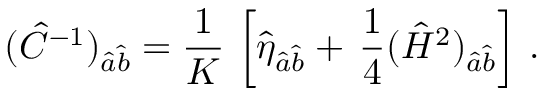
( \hat { C } ^ { - 1 } ) _ { \hat { a } \hat { b } } = { \frac { 1 } { K } } \, \left[ \hat { \eta } _ { \hat { a } \hat { b } } + \, { \frac { 1 } { 4 } } ( \hat { { \cal H } } ^ { 2 } ) _ { \hat { a } \hat { b } } \right] \, .